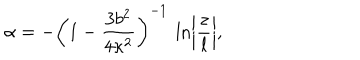
\alpha = - \left( 1 - \frac { 3 b ^ { 2 } } { 4 \kappa ^ { 2 } } \right) ^ { - 1 } \: \ln \biggl | \frac { z } { l } \biggr | ,